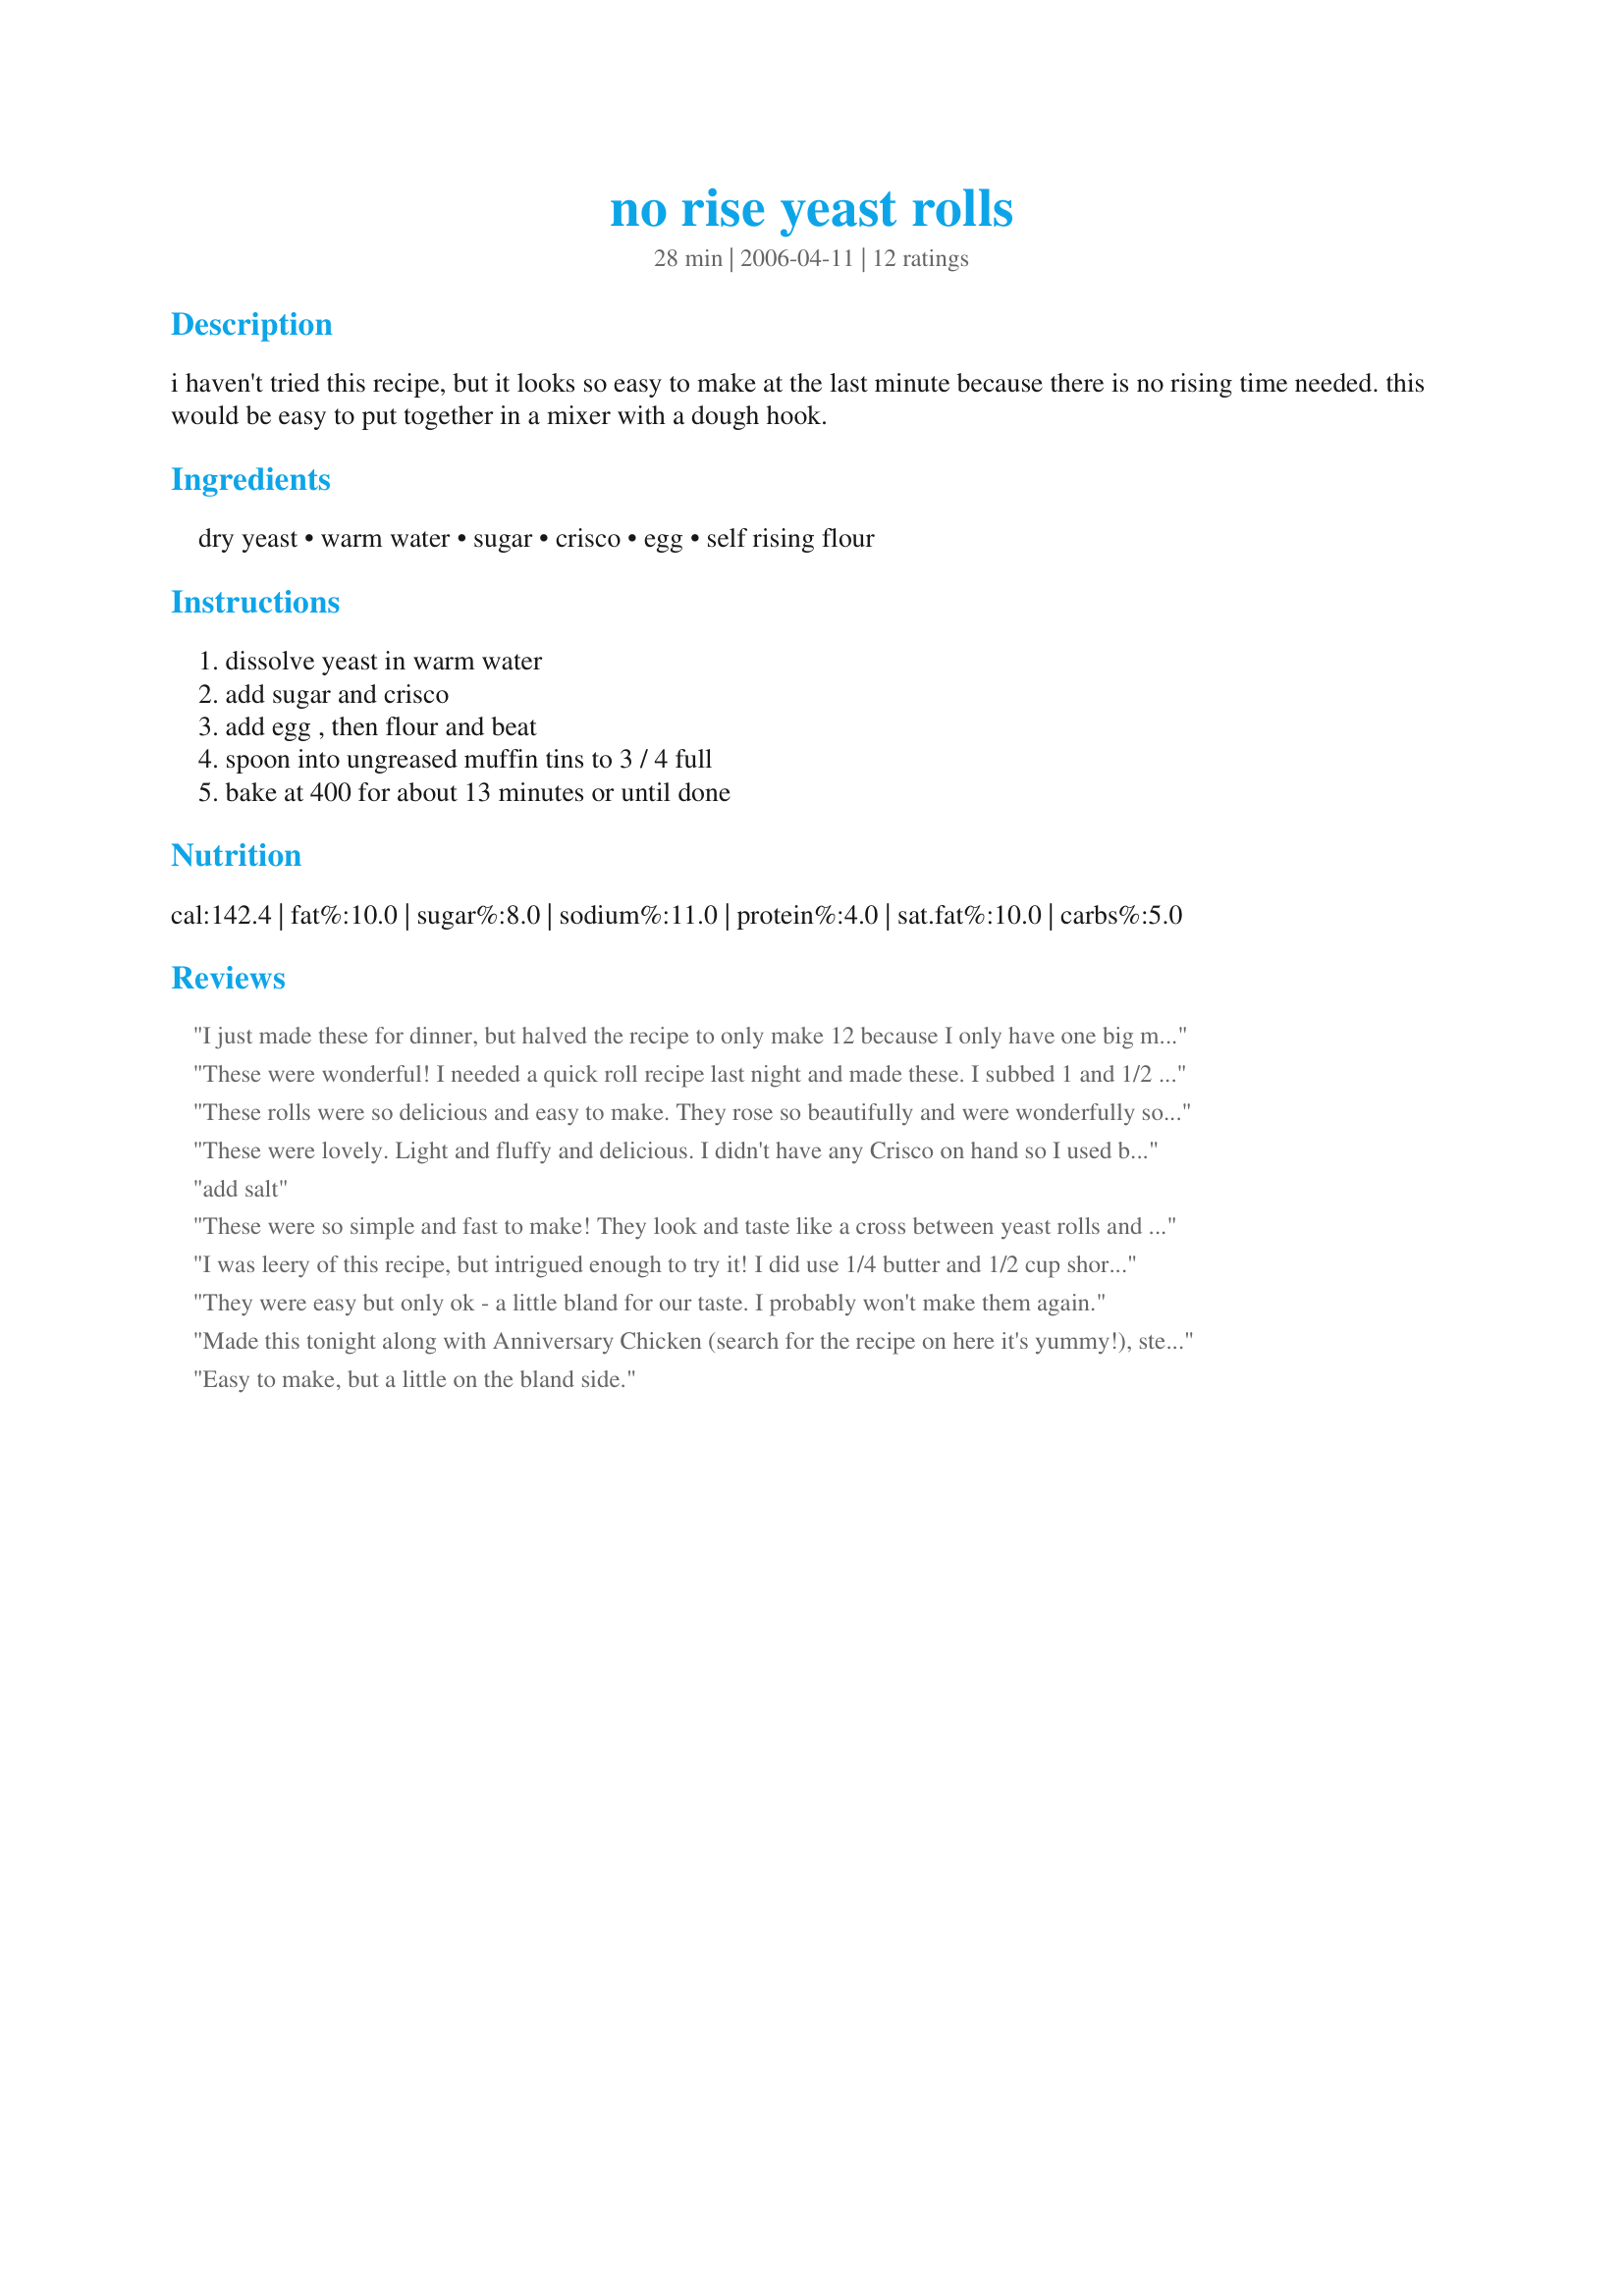
no rise yeast rolls
Preparation time: 28 minutes

i haven't tried this recipe, but it looks so easy to make at the last minute because there is no rising time needed. this would be easy to put together in a mixer with a dough hook.

Ingredients:
dry yeast, warm water, sugar, crisco, egg, self rising flour

Steps:
dissolve yeast in warm water, add sugar and crisco, add egg , then flour and beat, spoon into ungreased muffin tins to 3 / 4 full, bake at 400 for about 13 minutes or until done

Reviews:
I just made these for dinner, but halved the recipe to only make 12 because I only have one big muffin tin. I used crisco and the flavor was great. I made self rising flour by adding 1-1/2 tsp baking soda and 1/2 tsp salt to each cup of flour. I used the regular paddle mixer on my Kitchen Aid and a large ice cream scoop to portion out the dough. These have the flavor of a roll and the texture of a biscuit. They fell apart easily, which my kids didn't like, but my husband and I loved them. It is great to have such a fast recipe for rolls! Thank-you for posting!
These were wonderful! I needed a quick roll recipe last night and made these. I subbed 1 and 1/2 sticks butter for the Crisco and Splenda for the sugar-was out of sugar. They came out beautiful. We got 21 out the recipe, some of the muffin cups were a little fuller than others. Will definitely make these again.
These rolls were so delicious and easy to make. They rose so beautifully and were wonderfully soft. I spread some butter in mine while they were still warm, very yummy. I've got a feeling these will be made very often here at my house. Thanks bunches for sharing the recipe!
These were lovely. Light and fluffy and delicious. I didn't have any Crisco on hand so I used butter instead. Oh so tasty.
add salt
These were so simple and fast to make! They look and taste like a cross between yeast rolls and muffins. I did overbake mine - the bottoms were too brown at 13 minutes, should have checked on them at 11 or 12 min. Still, they rose beautifully and were fluffy with a nice peak. Served these with honey butter (yum!) and they were better eating fresh from the oven than they were the next day. Thanks for sharing, I will make this again when I need a quick bread with dinner.
I was leery of this recipe, but intrigued enough to try it! I did use 1/4 butter and 1/2 cup shortening (all I had). These did rise beautifully (got about 18-I fill the pans almost full). I was amazed at the texture. They are fluffy but with a nice even crumb (slices nicely) and the taste is wonderful. Served these with a taco salad (Leslie in Texas) but these will be great spread with preserves, too. 

Roxygirl
They were easy but only ok - a little bland for our taste. I probably won't make them again.
Made this tonight along with Anniversary Chicken (search for the recipe on here it's yummy!), steamed broccoli and homemade mashed potatoes. These are the best rolls ever. I was so excited to find them because it seems all rolls have to rise overnight and I needed something quick. These have the best texture and flavor. Exactly what I wanted. As for the person who said these are too bland...They are rolls, they aren't really suppose to be the main course. They are suppose to enhance and add to the meal you are having and I think these do that perfectly. Thank you so much for posting this! :D 5*****
Easy to make, but a little on the bland side.
Really good! Thanks for sharing.
I have been looking a long time for a really fast roll recipe. I finally found it, I always forget bread till I am almost finished cooking. My family loves this recipe. The little ones keep asking for more till they are gone! I am so happy! Thank you!
